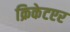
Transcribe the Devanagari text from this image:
क्रिकेटएर